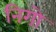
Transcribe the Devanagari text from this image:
निगो